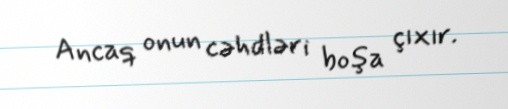
Ancaq onun cəhdləri boşa çıxır.